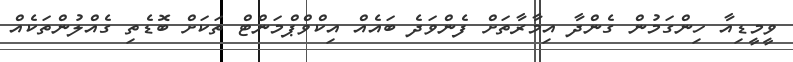
ވީމީޑިއާ ހިންގަމުން ގެންދާ އިމާރާތަށް ފެންވަދެ ބައެއް އިކްވްޕްމަންޓް ތަކަށް ބޮޑެތި ގެއްލުންތަކެއް